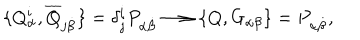
\{ Q _ { \alpha } ^ { i } , \overline { { Q } } _ { j \dot { \beta } } \} = \delta _ { j } ^ { i } P _ { \alpha \dot { \beta } } \longrightarrow \{ Q , G _ { \alpha \beta } \} = P _ { \alpha \dot { \beta } } ,